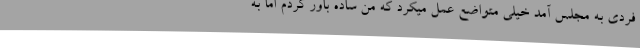
فردی به مجلس آمد خیلی متواضع عمل میکرد که من ساده باور کردم اما به